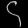
Digit: ၄